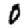
Digit: 0